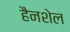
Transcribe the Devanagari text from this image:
हैनशेल